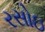
રસોઇ